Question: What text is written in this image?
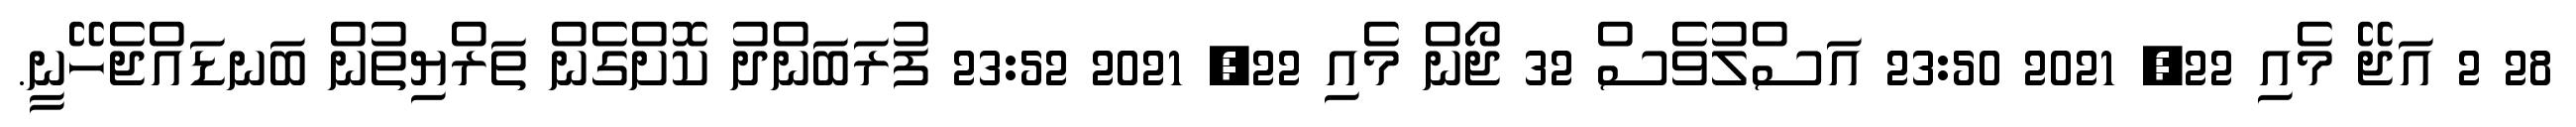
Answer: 28 2 އަޖޭ މެއި 22, 2021 23:50 އަސްލުވެސް 32 ޖޯން މެއި 22, 2021 23:52 ފުރަބަންދު ކޮށްގެން ތަރްޔިތުން ބަނޑައްޖެހޭނީ.